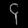
Digit: ၄